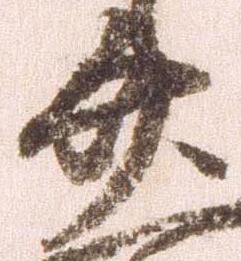
廿